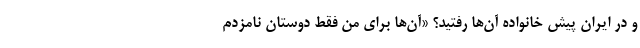
و در ایران پیش خانواده آن‌ها رفتید؟ «آن‌ها برای من فقط دوستان نامزدم